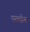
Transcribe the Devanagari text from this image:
पल्लोन